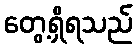
တွေ့ရှိရသည်